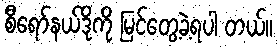
စီရော်နယ်ဒိုကို မြင်တွေ့ခဲ့ရပါ တယ်။